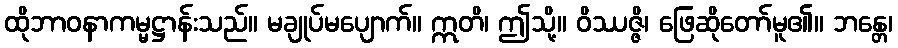
ထိုဘာဝနာကမ္မဋ္ဌာန်းသည်။ မချုပ်မပျောက်။ ဣတိ၊ ဤသို့။ ဝိဿဇ္ဇိ၊ ဖြေဆိုတော်မူ၏။ ဘန္တေ၊